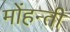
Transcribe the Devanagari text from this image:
मोंहन्ती